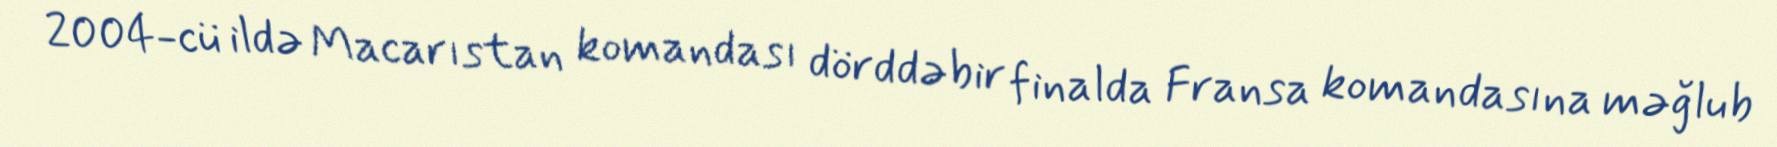
2004-cü ildə Macarıstan komandası dörddəbir finalda Fransa komandasına məğlub